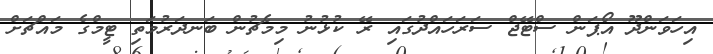
އިހަވަންދޫ އޯޕަން ސްޓޭޖް ސަރަހައްދުގައި ރޭ ކުޅުނު މިމެޗުން ބަނދަރުމަތި ޓީމްގެ މައްޗަށް